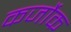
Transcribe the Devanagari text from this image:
कर्जोक